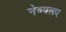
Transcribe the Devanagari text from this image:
नेब्यलए